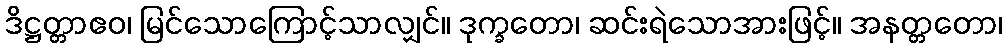
ဒိဋ္ဌတ္တာဧဝ၊ မြင်သောကြောင့်သာလျှင်။ ဒုက္ခတော၊ ဆင်းရဲသောအားဖြင့်။ အနတ္တတော၊